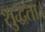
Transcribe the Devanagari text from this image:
शुद्धता।